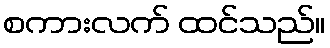
စကားလက် ထင်သည်။